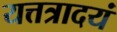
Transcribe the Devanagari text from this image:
यत्तत्रादयं